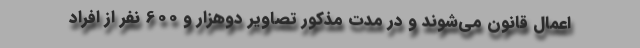
اعمال قانون می‌شوند و در مدت مذکور تصاویر دوهزار و 600 نفر از افراد